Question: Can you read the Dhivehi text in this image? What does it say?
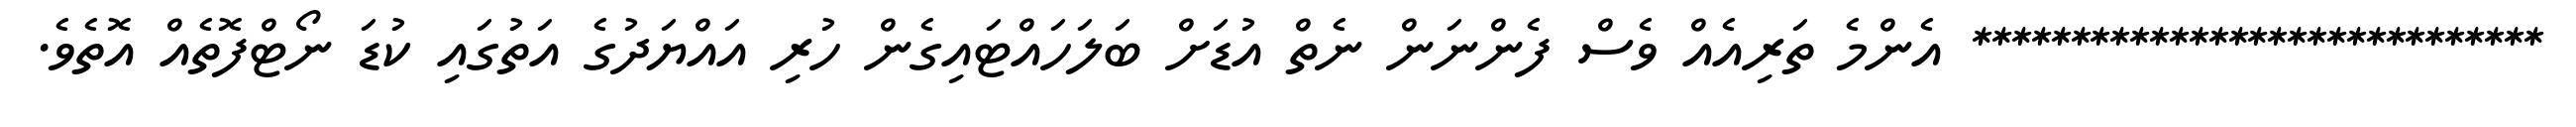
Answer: ***************************** އެންމެ ތަރިއެއް ވެސް ފެންނަން ނެތް އުޑަށް ބަލަހައްޓައިގެން ހުރި އައްޔަދުގެ އަތުގައި ކުޑަ ނޯޓްފޮތެއް އޮތެވެ.